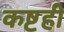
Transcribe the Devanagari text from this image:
कष्टही